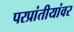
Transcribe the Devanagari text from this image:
परप्रांतीयांवर